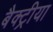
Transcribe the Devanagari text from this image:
बैक्ट्रीया